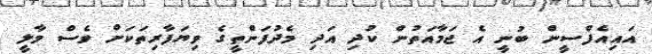
އައިއެފްސީން ބުނީ އެ ޖަމާއަތުން ކުދި އަދި މެދުފަންތީގެ ވިޔަފާރިތަކަށް ވެސް މާލީ